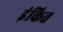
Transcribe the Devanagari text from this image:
इंकित